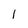
Character: 1